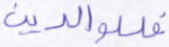
فللوالدين